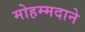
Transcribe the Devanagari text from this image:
मोहम्मदाने